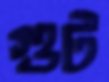
গুট